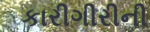
કારીગીરીની